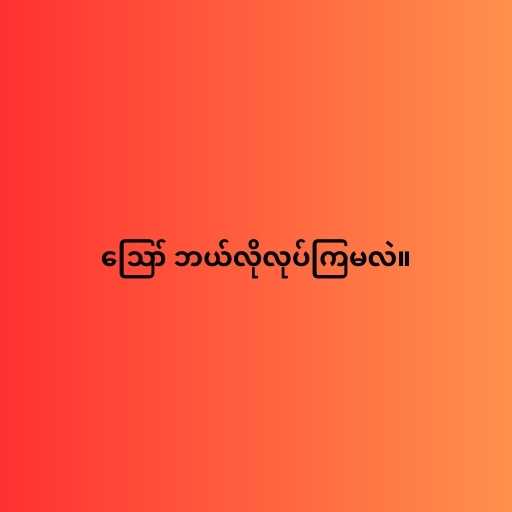
ဪ ဘယ်လိုလုပ်ကြမလဲ။